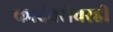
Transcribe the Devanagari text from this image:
कादंबरीवरही